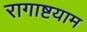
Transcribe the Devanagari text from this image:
रागाष्टयाम